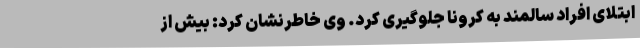
ابتلای افراد سالمند به کرونا جلوگیری کرد. وی خاطرنشان کرد: بیش از